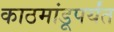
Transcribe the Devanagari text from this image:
काठमांडूपर्यंत